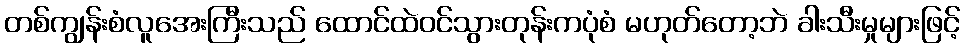
တစ်ကျွန်းစံလူအေးကြီးသည် ထောင်ထဲဝင်သွားတုန်းကပုံစံ မဟုတ်တော့ဘဲ ခါးသီးမှုများဖြင့်